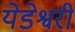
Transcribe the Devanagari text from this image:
येडेश्वरी